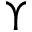
\Upsilon